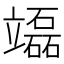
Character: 𥫌